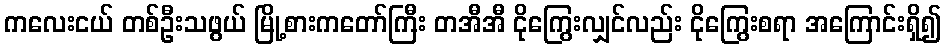
ကလေးငယ် တစ်ဦးသဖွယ် မြို့စားကတော်ကြီး တအီအီ ငိုကြွေးလျှင်လည်း ငိုကြွေးစရာ အကြောင်းရှိ၍